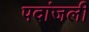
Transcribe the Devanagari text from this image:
पदांजली